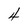
Character: 4